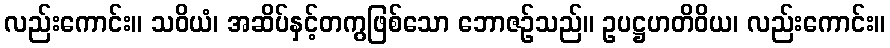
လည်းကောင်း။ သဝိယံ၊ အဆိပ်နှင့်တကွဖြစ်သော ဘောဇဉ်သည်။ ဥပဋ္ဌဟတိဝိယ၊ လည်းကောင်း။